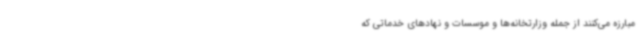
مبارزه می‌کنند از جمله وزارتخانه‌ها و موسسات و نهادهای خدماتی که